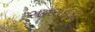
સનરાઇઝ